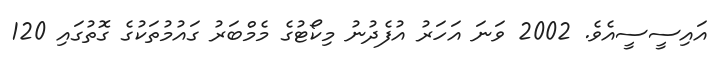
އައިސީސީއެވެ. 2002 ވަނަ އަހަރު އުފެދުނު މިކޯޓުގެ މެމްބަރު ގައުމުތަކުގެ ގޮތުގައި 120